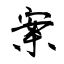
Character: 案